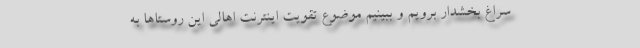
سراغ بخشدار برویم و ببینیم موضوع تقویت اینترنت اهالی این روستاها به